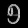
Digit: ၅